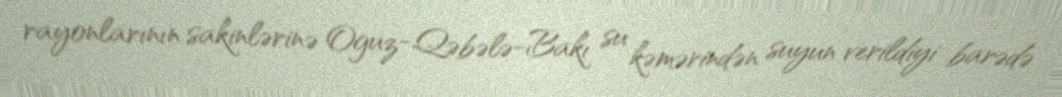
rayonlarının sakinlərinə Oguz-Qəbələ-Bakı su kəmərindən suyun verildiyi barədə